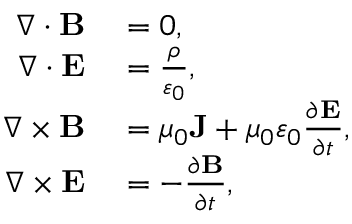
\begin{array} { r l } { \nabla \cdot \mathbf { B } } & { { } = 0 , } \\ { \nabla \cdot \mathbf { E } } & { { } = { \frac { \rho } { \varepsilon _ { 0 } } } , } \\ { \nabla \times \mathbf { B } } & { { } = \mu _ { 0 } \mathbf { J } + \mu _ { 0 } \varepsilon _ { 0 } { \frac { \partial \mathbf { E } } { \partial t } } , } \\ { \nabla \times \mathbf { E } } & { { } = - { \frac { \partial \mathbf { B } } { \partial t } } , } \end{array}